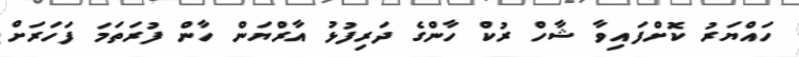
ހައްޔަރު ކޮށްފައިވާ ޝާހް ރުކް ހާންގެ ދަރިފުޅު އާރްޔަން ހާން ފުރަތަމަ ފަހަރަށް